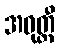
အဓုတ္တီ